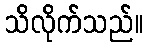
သိလိုက်သည်။